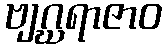
ဗျဂ္ဃရာဇာဝ